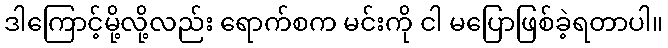
ဒါကြောင့်မို့လို့လည်း ရောက်စက မင်းကို ငါ မပြောဖြစ်ခဲ့ရတာပါ။